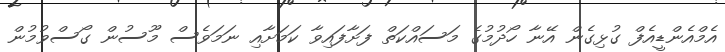
އެމްއެންޑީއެފް ގުޅިގެން އޭނާ ހޯދުމުގެ މަސައްކަތް ފަށާފައިވާ ކަމަށާއި ނަމަވެސް މޫސުން ގޯސްވުމުން